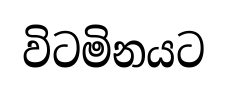
විටමිනයට